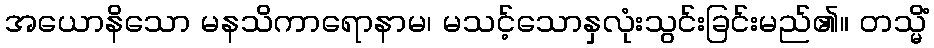
အယောနိသော မနသိကာရောနာမ၊ မသင့်သောနှလုံးသွင်းခြင်းမည်၏။ တသ္မိံ